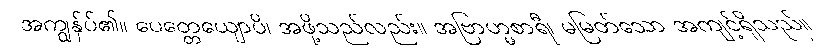
အကျွန်ုပ်၏။ ပေတ္တေယျောပိ၊ အဖို့သည်လည်း။ အဗြာဟ္မစာရီ၊ မမြတ်သော အကျင့်ရှိသည်။